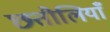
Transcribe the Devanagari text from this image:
छतौलियाँ